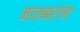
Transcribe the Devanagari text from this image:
मातब्बरांना